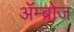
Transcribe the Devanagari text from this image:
ॲम्ब्रोज